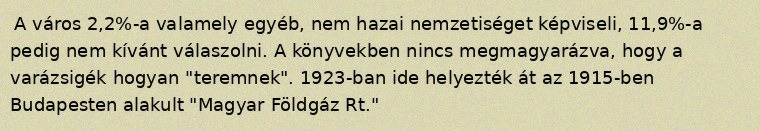
A város 2,2%-a valamely egyéb, nem hazai nemzetiséget képviseli, 11,9%-a pedig nem kívánt válaszolni. A könyvekben nincs megmagyarázva, hogy a varázsigék hogyan "teremnek". 1923-ban ide helyezték át az 1915-ben Budapesten alakult "Magyar Földgáz Rt."